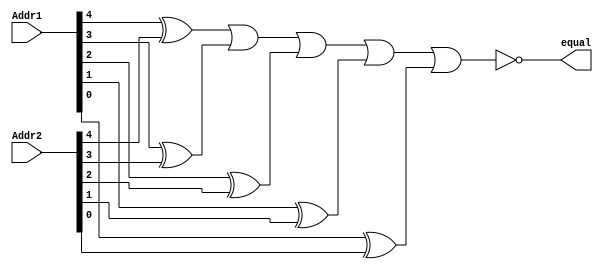
`timescale 1ns / 1ps
//////////////////////////////////////////////////////////////////////////////////
// Company: 
// Engineer: 
// 
// Design Name: 
// Module Name: CompareAddress
// Project Name: 
// Target Devices: 
// Tool Versions: 
// Description: 
// 
// Dependencies: 
// 
// Revision:
// Revision 0.01 - File Created
// Additional Comments:
// 
//////////////////////////////////////////////////////////////////////////////////


module CompareAddress(
equal,
Addr1,
Addr2
);

// Compare Address
output equal;
wire equal;
input [4:0] Addr1,Addr2;
wire [4:0] Addr1,Addr2,xorAddress;

xor #(50) xorAddress4(xorAddress[4],Addr1[4],Addr2[4]);
xor #(50) xorAddress3(xorAddress[3],Addr1[3],Addr2[3]);
xor #(50) xorAddress2(xorAddress[2],Addr1[2],Addr2[2]);
xor #(50) xorAddress1(xorAddress[1],Addr1[1],Addr2[1]);
xor #(50) xorAddress0(xorAddress[0],Addr1[0],Addr2[0]);
or #(50) Orgate1(OrAddr,xorAddress[4],xorAddress[3],xorAddress[2],xorAddress[1],xorAddress[0]);
not #(50) notgate1(equal,OrAddr);

endmodule